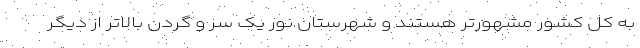
به کل کشور مشهورتر هستند و شهرستان نور یک سر و گردن بالاتر از دیگر